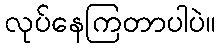
လုပ်နေကြတာပါပဲ။